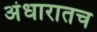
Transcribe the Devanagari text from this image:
अंधारातच